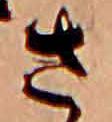
さ